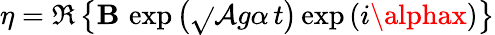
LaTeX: \eta=\Re\left\{ \mathbf{B}\, \exp\left({\sqrt{}{{{\mathcal{{A}}}g\alpha}}}\, t\right)\exp\left(i\alphax\right)\right\}